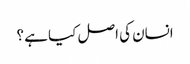
انسان کی اصل کیا ہے ؟